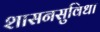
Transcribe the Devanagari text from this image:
शासनसुविधा